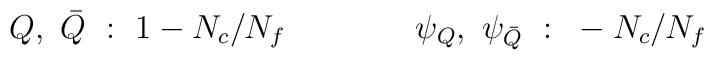
Q, ~\bar Q ~ : ~ 1-N_c/N_f \qquad \qquad\psi _Q, ~ \psi _{\bar Q} ~ : ~ -N_c/N_f